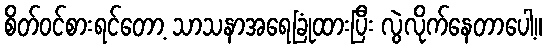
စိတ်ဝင်စားရင်တော့ သာသနာအရေခြုံထားပြီး လွဲလိုက်နေတာပေါ့။